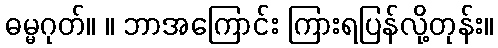
ဓမ္မဂုတ်။ ။ ဘာအကြောင်း ကြားရပြန်လို့တုန်း။